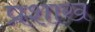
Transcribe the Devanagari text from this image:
प्रशाख